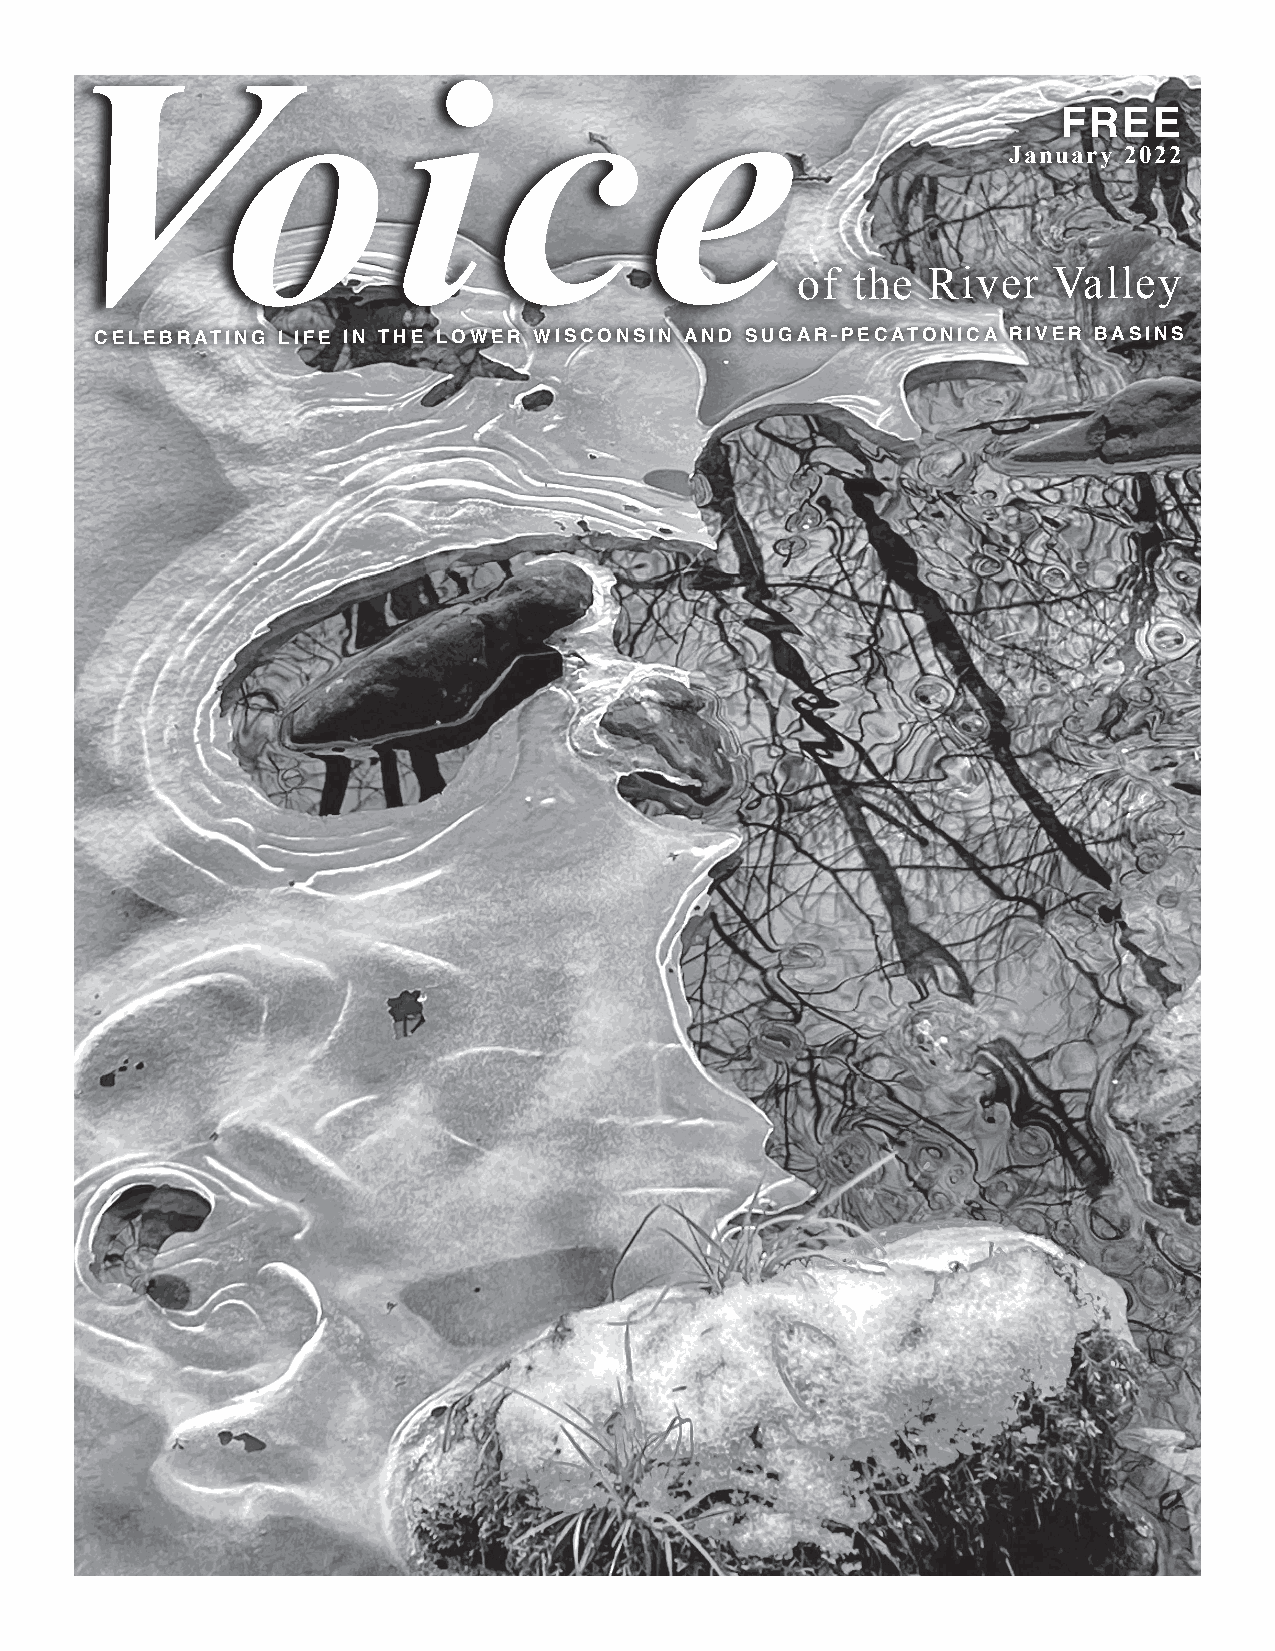
Vo                    i      c         e
 FREE
 January 2022
 of the  River    Valley
 CELEBRATING LIFE IN THE LOWER WISCONSIN AND SUGAR-PECATONICA RIVER BASINS
 voiceoftherivervalley.com 1